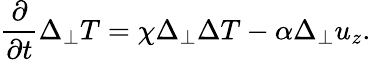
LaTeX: \frac{\partial}{\partial t}\Delta_{\perp}T=\chi\Delta_{\perp}\Delta T-\alpha\Delta_{\perp}u_{z}.